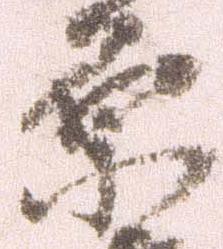
原